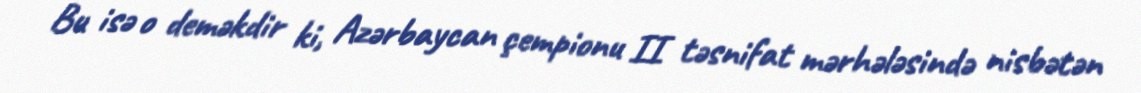
Bu isə o deməkdir ki, Azərbaycan çempionu II təsnifat mərhələsində nisbətən